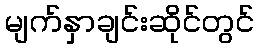
မျက်နှာချင်းဆိုင်တွင်